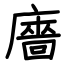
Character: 廧